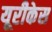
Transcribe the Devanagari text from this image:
यूरीकेस